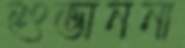
শুভাননা